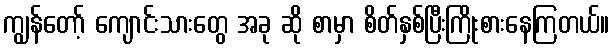
ကျွန်တော့် ကျောင်းသားတွေ အခု ဆို စာမှာ စိတ်နှစ်ပြီးကြိုးစားနေကြတယ်။